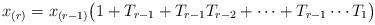
LaTeX: \begin{align*}x_{(r)}=x_{(r-1)}\big(1+T_{r-1}+T_{r-1}T_{r-2}+\cdots+T_{r-1}\cdots T_1\big)\end{align*}